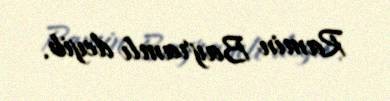
Ramin Bayramlı deyib.